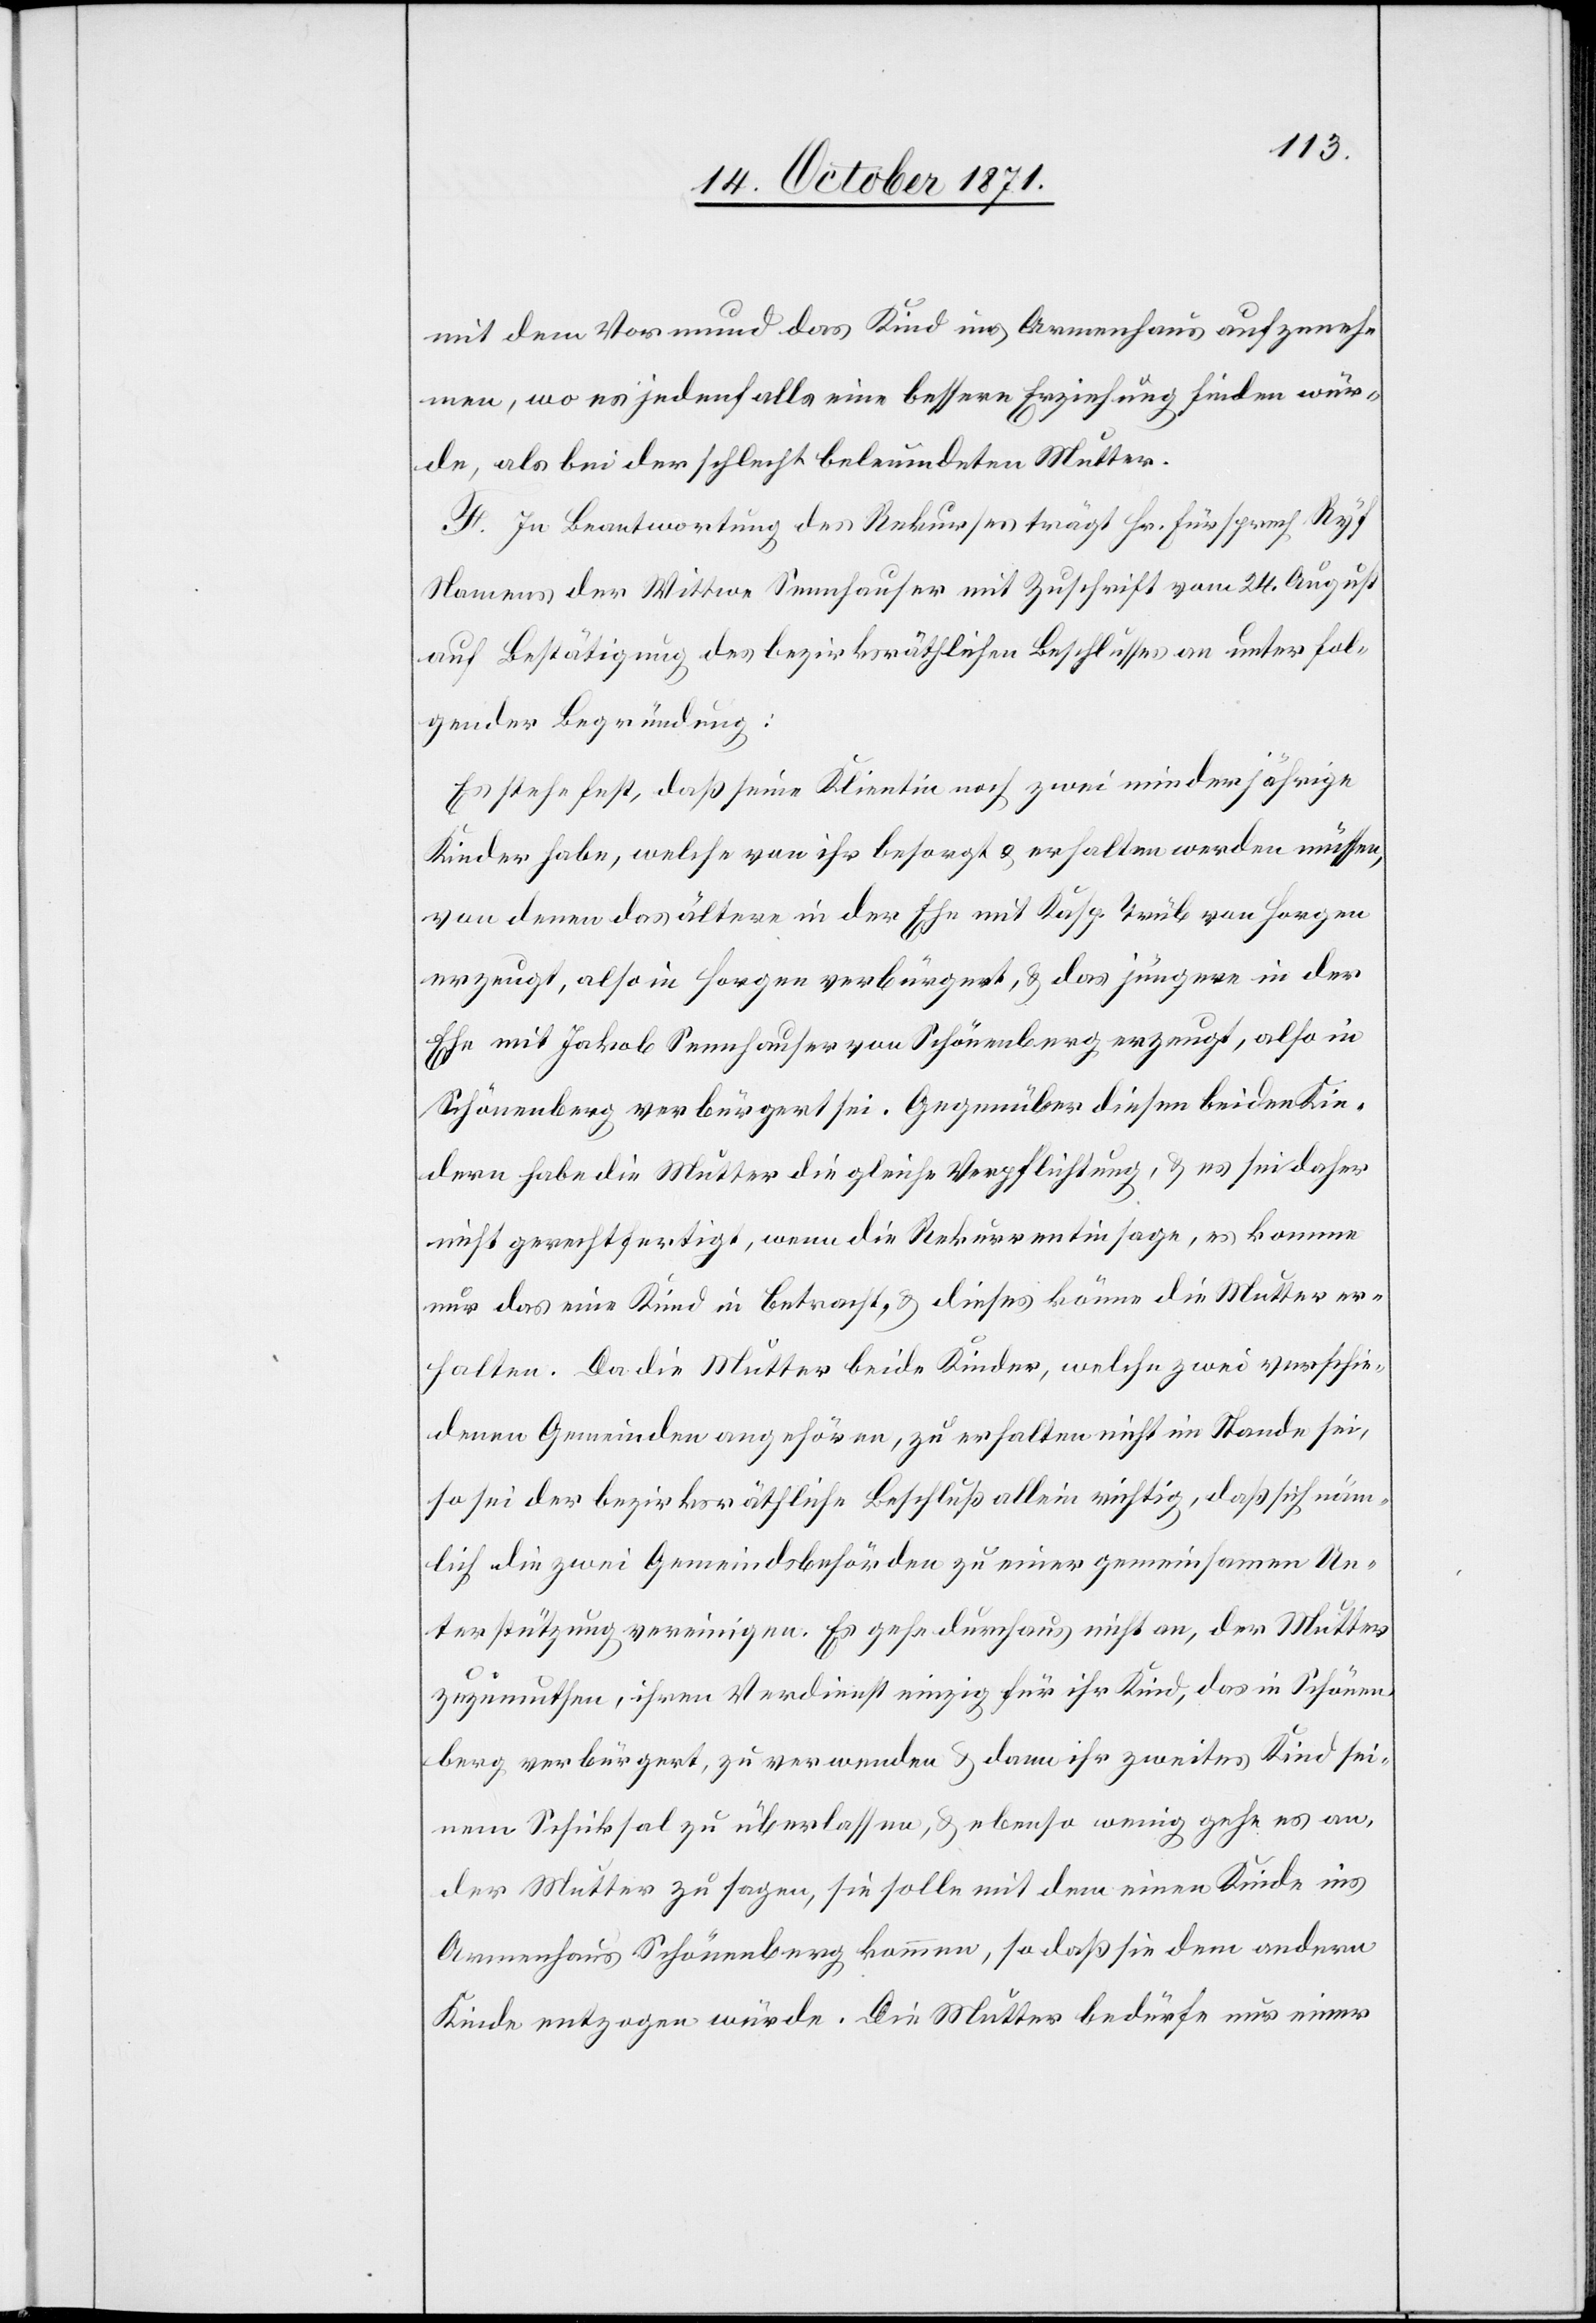
mit dem Vormund das Kind ins Armenhaus aufzuneh¬
men, wo es jedenfalls eine bessere Erziehung finden wür¬
de, als bei der schlecht beleumdeten Mutter.
F. In Beantwortung des Rekurses trägt Hr. Fürsprech Ryf
Namens der Wittwe Sennhauser mit Zuschrift vom 24. August
auf Bestätigung des bezirksräthlichen Beschlusses an unter fol¬
gender Begründung:
Es stehe fest, daß seine Klientin noch zwei minderjährige
Kinder habe, welche von ihr besorgt & erhalten werden müssen,
von denen das ältere in der Ehe mit Kasp. Trüb von Horgen
erzeugt, also in Horgen verbürgert, & das jüngere in der
Ehe mit Jakob Sennhauser von Schönenberg erzeugt, also in
Schönenberg verbürgert sei. Gegenüber diesen beiden Kin¬
dern habe die Mutter die gleiche Verpflichtung, & es sei daher
nicht gerechtfertigt, wenn die Rekurrentin sage, es komme
nur das eine Kind in Betracht & dieses könne die Mutter er¬
halten. Da die Mutter beide Kinder, welche zwei verschie¬
denen Gemeinden angehören, zu erhalten nicht im Stande sei,
so sei der bezirksräthliche Beschluß allein richtig, daß sich näm¬
lich die zwei Gemeindsbehörden zu einer gemeinsamen Un¬
terstützung vereinigen. Es gehe durchaus nicht an, der Mutter
zuzumuthen, ihren Verdienst einzig für ihr Kind, das in Schönen¬
berg verbürgert, zu verwenden & dann ihr zweites Kind sei¬
nem Schiksal zu überlassen, & ebenso wenig gehe es an,
der Mutter zu sagen, sie solle mit dem einen Kinde ins
Armenhaus Schönenberg kommen, so daß sie dem andern
Kinde entzogen würde. Die Mutter bedürfe nur einer